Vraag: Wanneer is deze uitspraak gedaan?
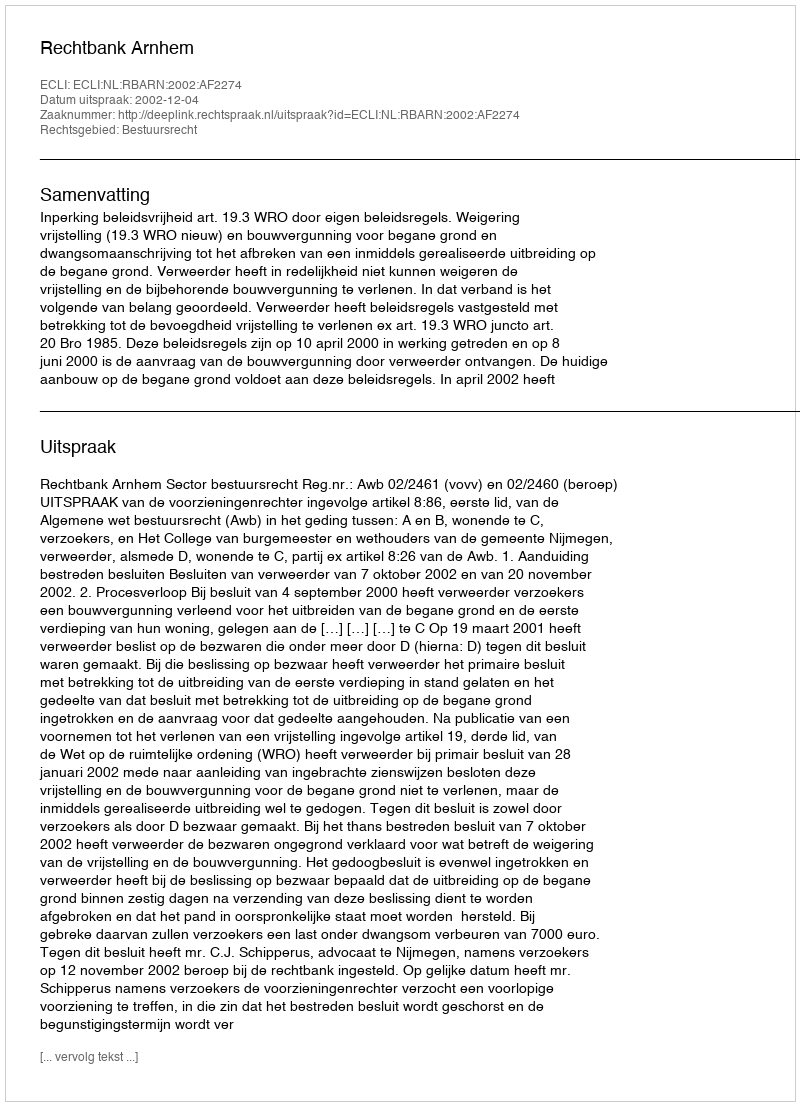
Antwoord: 2002-12-04